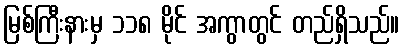
မြစ်ကြီးနားမှ ၁၁၈ မိုင် အကွာတွင် တည်ရှိသည်။